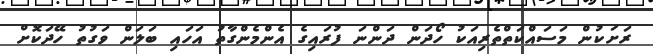
ރަށަކުން މަސައްކަތްތެރިއަކު ހޯދަން ދަންނަ ފުރައިގެ އެންމެންގާތު އަހައި ބަލަން ވަގުތު ހޭދަކޮށް